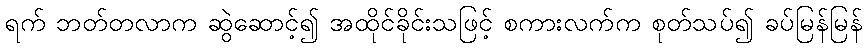
ရက် ဘတ်တလာက ဆွဲဆောင့်၍ အထိုင်ခိုင်းသဖြင့် စကားလက်က စုတ်သပ်၍ ခပ်မြန်မြန်